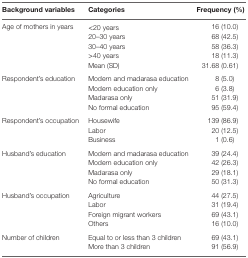
<table><thead><tr><td><b>Background variables</b></td><td><b>Categories</b></td><td><b>Frequency (%)</b></td></tr></thead><tbody><tr><td rowspan="5">Age of mothers in years</td><td>&lt;20 years</td><td>16 (10.0)</td></tr><tr><td>20–30 years</td><td>68 (42.5)</td></tr><tr><td>30–40 years</td><td>58 (36.3)</td></tr><tr><td>&gt;40 years</td><td>18 (11.3)</td></tr><tr><td>Mean (SD)</td><td>31.68 (0.61)</td></tr><tr><td rowspan="4">Respondent’s education</td><td>Modern and madarasa education</td><td>8 (5.0)</td></tr><tr><td>Modern education only</td><td>6 (3.8)</td></tr><tr><td>Madarasa only</td><td>51 (31.9)</td></tr><tr><td>No formal education</td><td>95 (59.4)</td></tr><tr><td rowspan="3">Respondent’s occupation</td><td>Housewife</td><td>139 (86.9)</td></tr><tr><td>Labor</td><td>20 (12.5)</td></tr><tr><td>Business</td><td>1 (0.6)</td></tr><tr><td rowspan="4">Husband’s education</td><td>Modern and madarasa education</td><td>39 (24.4)</td></tr><tr><td>Modern education only</td><td>42 (26.3)</td></tr><tr><td>Madarasa only</td><td>29 (18.1)</td></tr><tr><td>No formal education</td><td>50 (31.3)</td></tr><tr><td rowspan="4">Husband’s occupation</td><td>Agriculture</td><td>44 (27.5)</td></tr><tr><td>Labor</td><td>31 (19.4)</td></tr><tr><td>Foreign migrant workers</td><td>69 (43.1)</td></tr><tr><td>Others</td><td>16 (10.0)</td></tr><tr><td rowspan="2">Number of children</td><td>Equal to or less than 3 children</td><td>69 (43.1)</td></tr><tr><td>More than 3 children</td><td>91 (56.9)</td></tr></tbody></table>